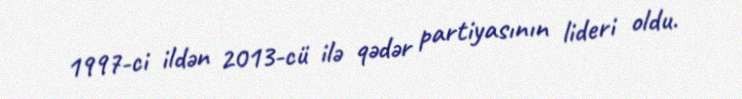
1997-ci ildən 2013-cü ilə qədər partiyasının lideri oldu.